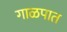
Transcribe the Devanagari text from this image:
गाळपात